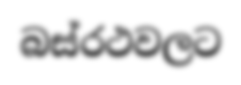
බස්රථවලට